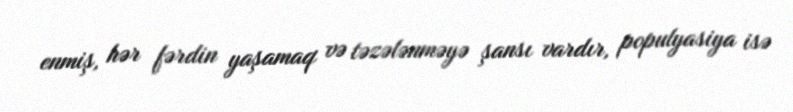
enmiş, hər fərdin yaşamaq və təzələnməyə şansı vardır, populyasiya isə